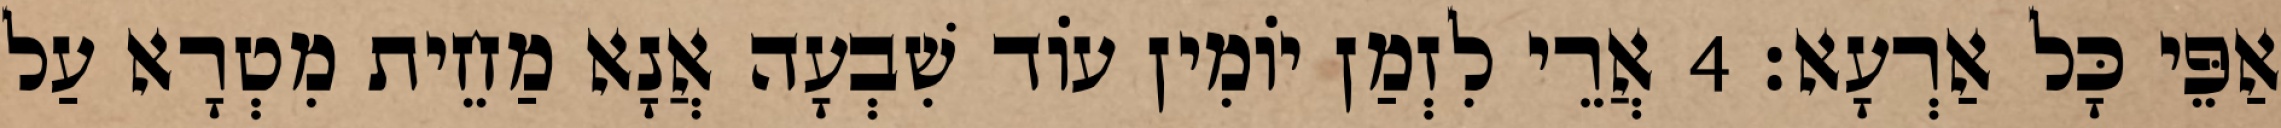
אַפֵּי כָּל אַרְעָא׃ 4 אֲרֵי לִזְמַן יוֹמִין עוֹד שִׁבְעָה אֲנָא מַחֵית מִטְרָא עַל